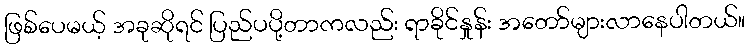
ဖြစ်ပေမယ့် အခုဆိုရင် ပြည်ပပို့တာကလည်း ရာခိုင်နှုန်း အတော်များလာနေပါတယ်။